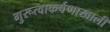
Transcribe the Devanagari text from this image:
गुरूत्वाकर्षणाखाली